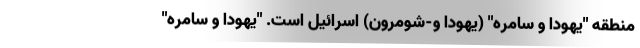
منطقه "یهودا و سامره" (یهودا و-شومرون) اسرائیل است. "یهودا و سامره"